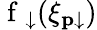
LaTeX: \mathrm{~f~}_{\downarrow}(\xi_{\mathbf{p}\downarrow})